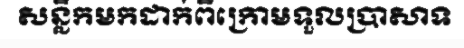
សន្លឹកមកដាក់ពីក្រោមទួលប្រាសាទ